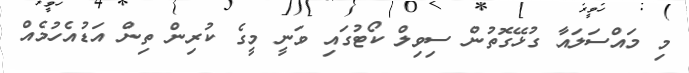
މި މައްސަލައާ ގުޅޭގޮތުން ސިވިލް ކޯޓުގައި ވަނީ މީގެ ކުރިން ތިން އަޑުއެހުމެއް